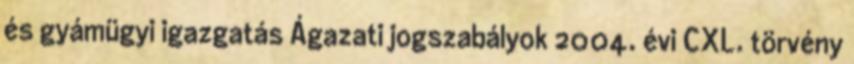
és gyámügyi igazgatás Ágazati jogszabályok 2004. évi CXL. törvény